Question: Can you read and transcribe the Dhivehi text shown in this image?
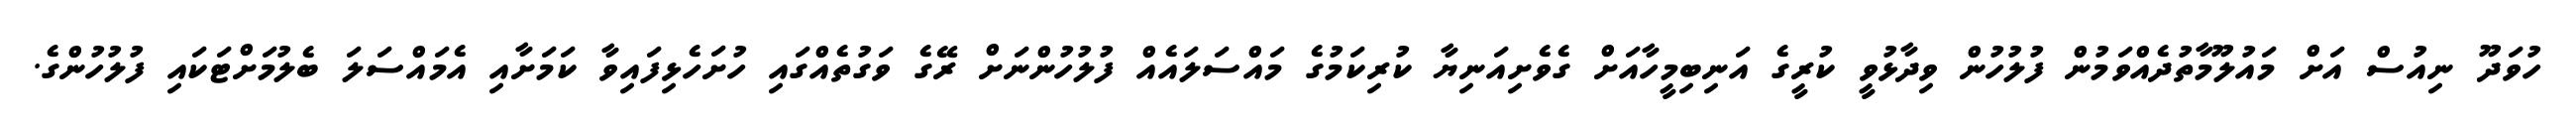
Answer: ހުވަދޫ ނިއުސް އަށް މައުލޫމާތުދެއްވަމުން ފުލުހުން ވިދާޅުވީ ކުރީގެ އަނިބިމީހާއަށް ގެވެށިއަނިޔާ ކުރިކަމުގެ މައްސަލައެއް ފުލުހުންނަށް ރޭގެ ވަގުތެއްގައި ހުށަހެޅިފައިވާ ކަމަށާއި އެމައްސަލަ ބެލުމަށްޓަކައި ފުލުހުންގެ.